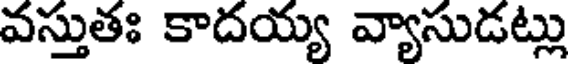
వస్తుతః కాదయ్య వ్యాసుడట్లు